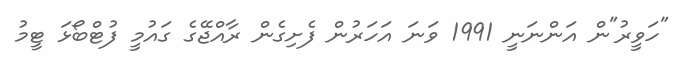
"ހަވީރު"ން އަންނަނީ 1991 ވަނަ އަހަރުން ފެށިގެން ރާއްޖޭގެ ގައުމީ ފުޓްބޯޅަ ޓީމު